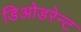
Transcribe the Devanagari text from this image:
डिओडरेन्ट